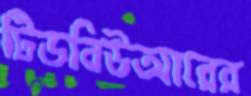
টিডবিউআরের